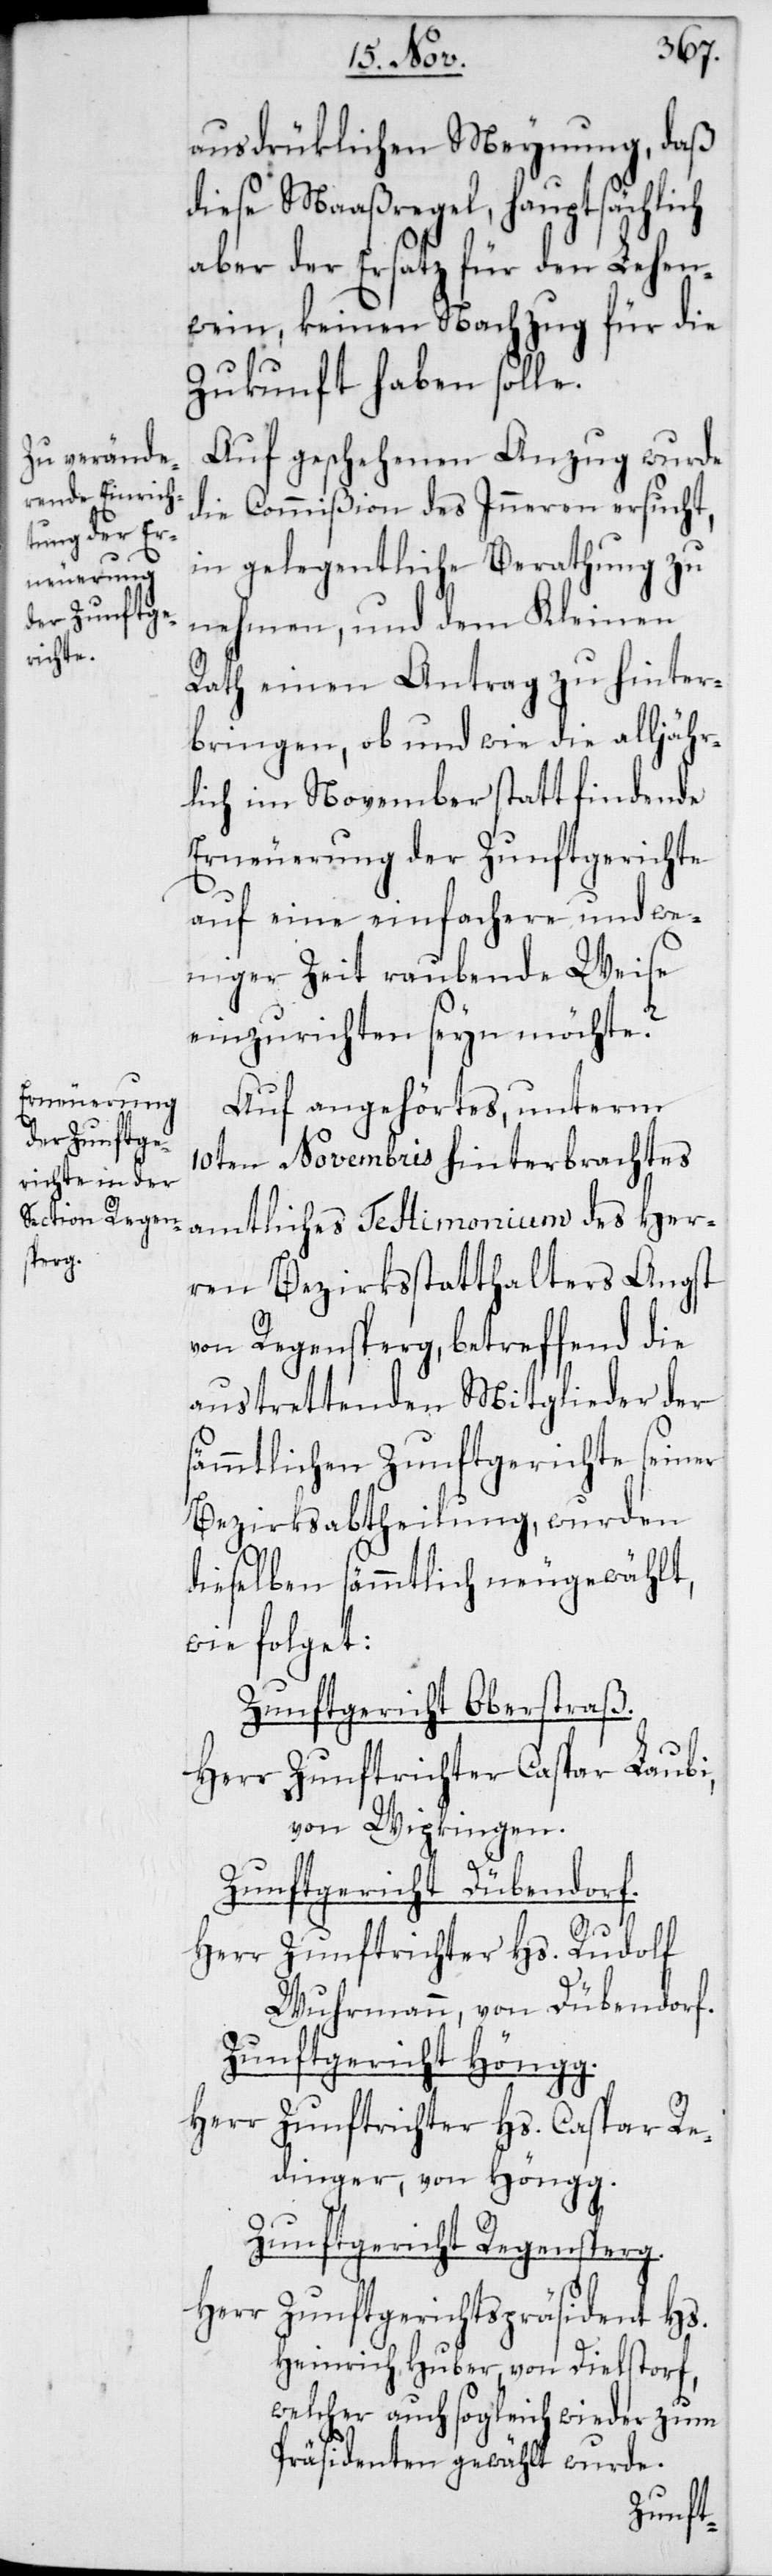
ausdrüklichen Meynung, daß
diese Maaßregel, hauptsächlich
aber der Ersatz für den Lehen¬
wein, keinen Nachzug für die
Zukunft haben solle.
Auf geschehenen Anzug wurde
die Commißion des Inneren ersucht,
in gelegentliche Berathung zu
nehmen, und dem Kleinen
Rath einen Antrag zu hinter¬
bringen, ob und wie die alljähr¬
lich im November statt findende
Erneuerung der Zunftgerichte
auf eine einfachere und we¬
niger Zeit raubende Weise
einzurichten seyn möchte?
Auf angehörtes, unterm
10ten Novembris hinterbrachtes
amtliches Testimonium des Her¬
ren Bezirksstatthalters Angst
von Regensberg, betreffend die
austrettenden Mitglieder der
sämmtlichen Zunftgerichte seiner
Bezirksabtheilung, wurden
dieselben sämmtlich neugewählt,
wie folget:
Zunftgericht Oberstraß.
Herr Zunftrichter Caspar Laubi,
von Wipkingen.
Zunftgericht Dübendorf.
Herr Zunftrichter Hs. Rudolf
Wuhrmann, von Dübendorf.
Zunftgericht Höngg.
Herr Zunftrichter Hs. Caspar Re¬
dinger, von Höngg.
Zunftgericht Regensperg.
Herr
Zunftgerichtspräsident Hs.
Heinrich Huber, von Dielstorf,
welcher auch sogleich wieder zum
Präsidenten gewählt wurde.